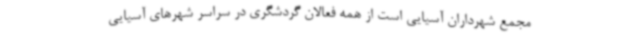
مجمع شهرداران آسیایی است از همه فعالان گردشگری در سراسر شهرهای آسیایی